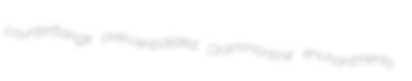
counterflange overcentralized Grammontine enchantments